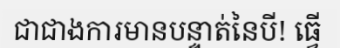
ជាជាងការមានបន្ទាត់នៃបី! ធ្វើ